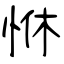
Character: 恘